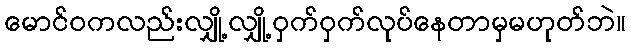
မောင်ဝကလည်းလျှို့လျှို့ဝှက်ဝှက်လုပ်နေတာမှမဟုတ်ဘဲ။